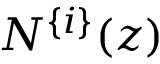
N ^ { \{ i \} } ( z )